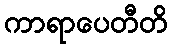
ကာရာပေတီတိ